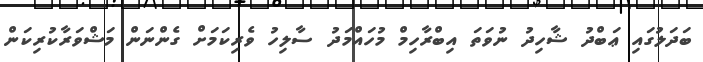
ބަދަލުގައި ޢަބްދު ޝާހިދު ނުވަތަ އިބްރާހިމް މުހައްމަދު ސާލިހު ވެރިކަމަށް ގެންނަން މަޝްވަރާކުރިކަން